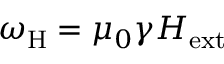
\omega _ { \mathrm { H } } = \mu _ { 0 } \gamma H _ { \mathrm { e x t } }